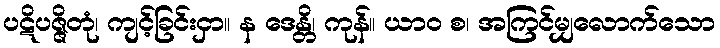
ပဋိပဇ္ဇိတုံ၊ ကျင့်ခြင်းငှာ။ န ဒေန္တိ၊ ကုန်။ ယာဝ စ၊ အကြင်မျှလောက်သော